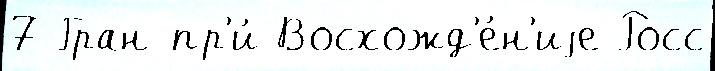
7 Гран-пр'и́ Восхожд'е́н'иjе Росс